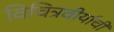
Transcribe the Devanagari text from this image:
विचित्रवीर्याची